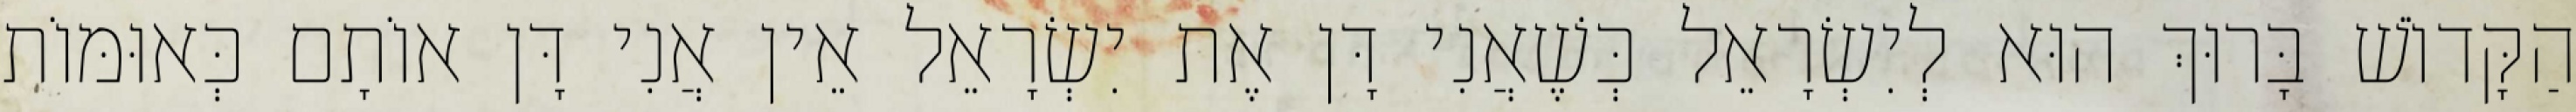
הַקָּדוֹשׁ בָּרוּךְ הוּא לְיִשְׂרָאֵל כְּשֶׁאֲנִי דָּן אֶת יִשְׂרָאֵל אֵין אֲנִי דָּן אוֹתָם כְּאוּמּוֹת